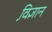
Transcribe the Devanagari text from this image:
वि़ज्ञान